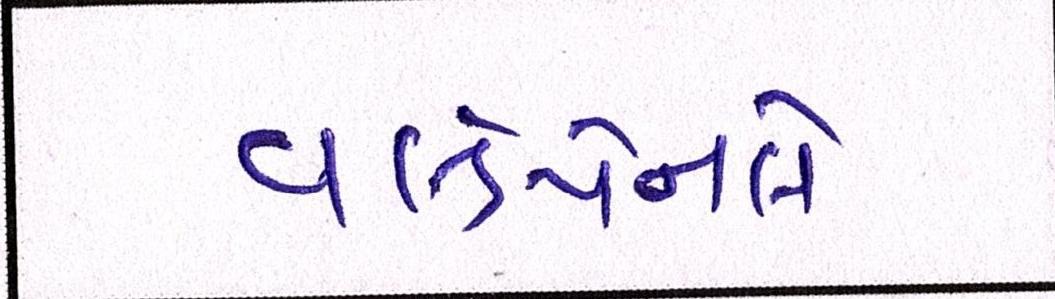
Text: વર્લ્ડપેનલે